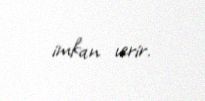
imkan verir.